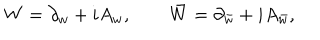
W = \partial _ { w } + i A _ { w } , \qquad \bar { W } = \partial _ { \bar { w } } + i A _ { \bar { w } } ,